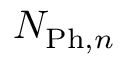
N _ { \mathrm { P h } , n }